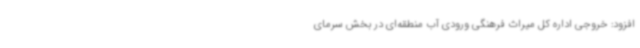
افزود: خروجی اداره کل میراث فرهنگی ورودی آب منطقه‌ای در بخش سرمای